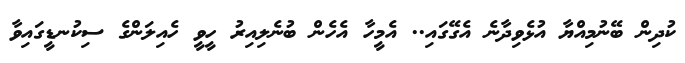
ކުދިން ބޭނުމިއްޔާ އުޅެވިދާނެ އެގޭގައި.. އެމީހާ އެހެން ބުނެލިއިރު ހީވީ ހެއިލަންގެ ސިކުނޑީގައިވާ